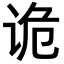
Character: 诡